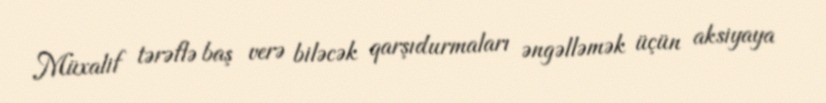
Müxalif tərəflə baş verə biləcək qarşıdurmaları əngəlləmək üçün aksiyaya